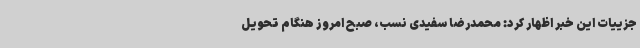
جزییات این خبر اظهار کرد: محمدرضا سفیدی نسب، صبح امروز هنگام تحویل